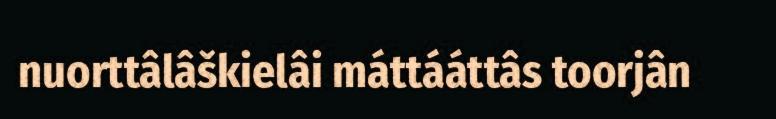
nuorttâlâškielâi máttááttâs toorjân